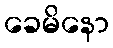
ခေမိနော